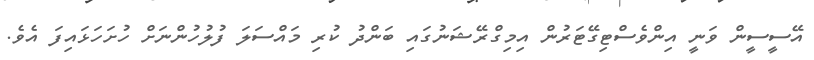
އޭސީސީން ވަނީ އިންވެސްޓިގޭޓަރުން އިމިގްރޭޝަނުގައި ބަންދު ކުރި މައްސަލަ ފުލުހުންނަށް ހުށަހަޅައިފަ އެވެ.